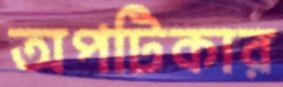
অপটিকার